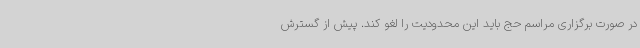
در صورت برگزاری مراسم حج باید این محدودیت را لغو کند. پیش از گسترش